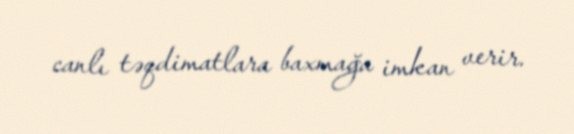
canlı təqdimatlara baxmağa imkan verir.